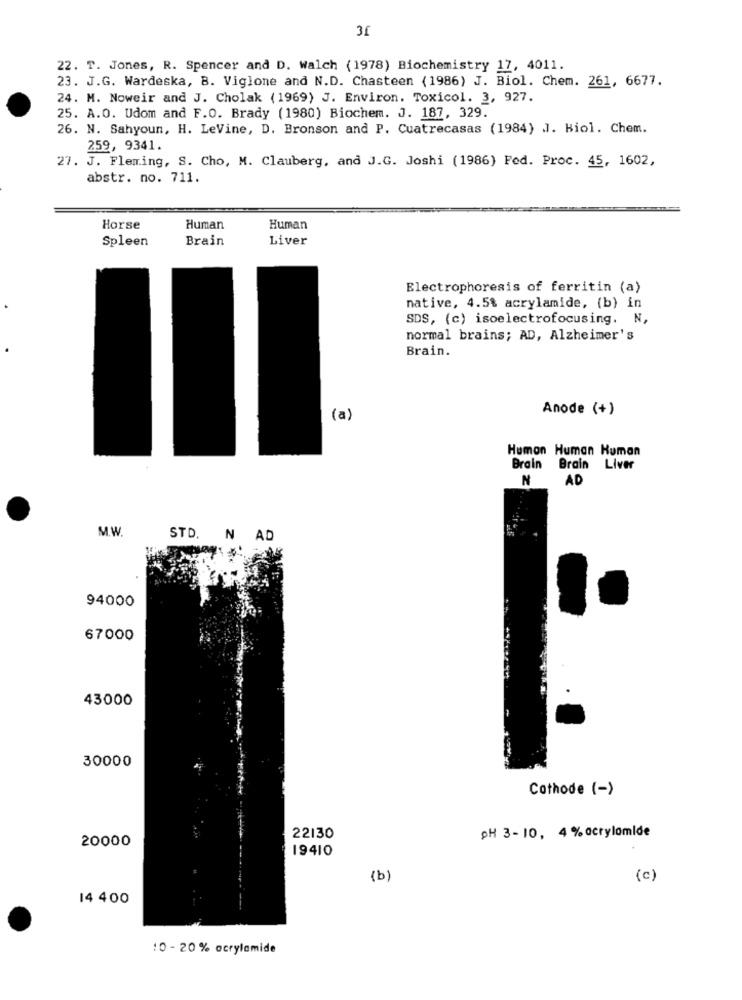
31
22. T. Jones, R. Spencer and D. Walch (1978) Biochemistry 17, 4011.
23. J.G. Wardeska, B. Viglone and N.D. Chasteen (1986) J. Biol. Chem. 261, 6677.
24. M. Noweir and J. Cholak (1969) J. Environ. Toxicol. 3, 927.
25. A.O. Udom and F.O. Brady (1980) Biochem. J. 187, 329.
26. N. Sahyoun, H. LeVine, D. Bronson and P. Cuatrecasas (1984) J. Biol. Chem.
2.59, 9341.
27. J. Fleming, S. Cho, M. Clauberg, and J.G. Joshi (1986) Fed. Proc. 45, 1602,
abstr. no. 711.
Horse
Human
Human
Spleen
Brain
Liver
Electrophoresis of ferritin (a)
native, 4.5% acrylamide, (b) in
SDS, (c) isoelectrofocusing. N,
normal brains; AD, Alzheimer's
Brain.
Anode (+)
(a)
Humon Human Human
Brain Brain Liver
N
AD
M.W.
STD. N AD
94000
67000
43000
30000
Cathode (-)
pH 3-10, 4 % acrylamide
20000
22130
19410
(b)
(c)
14 400
10 - 20 % acrylamide